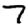
Digit: 7